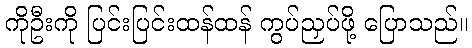
ကိုဦးကို ပြင်းပြင်းထန်ထန် ကွပ်ညှပ်ဖို့ ပြောသည်။